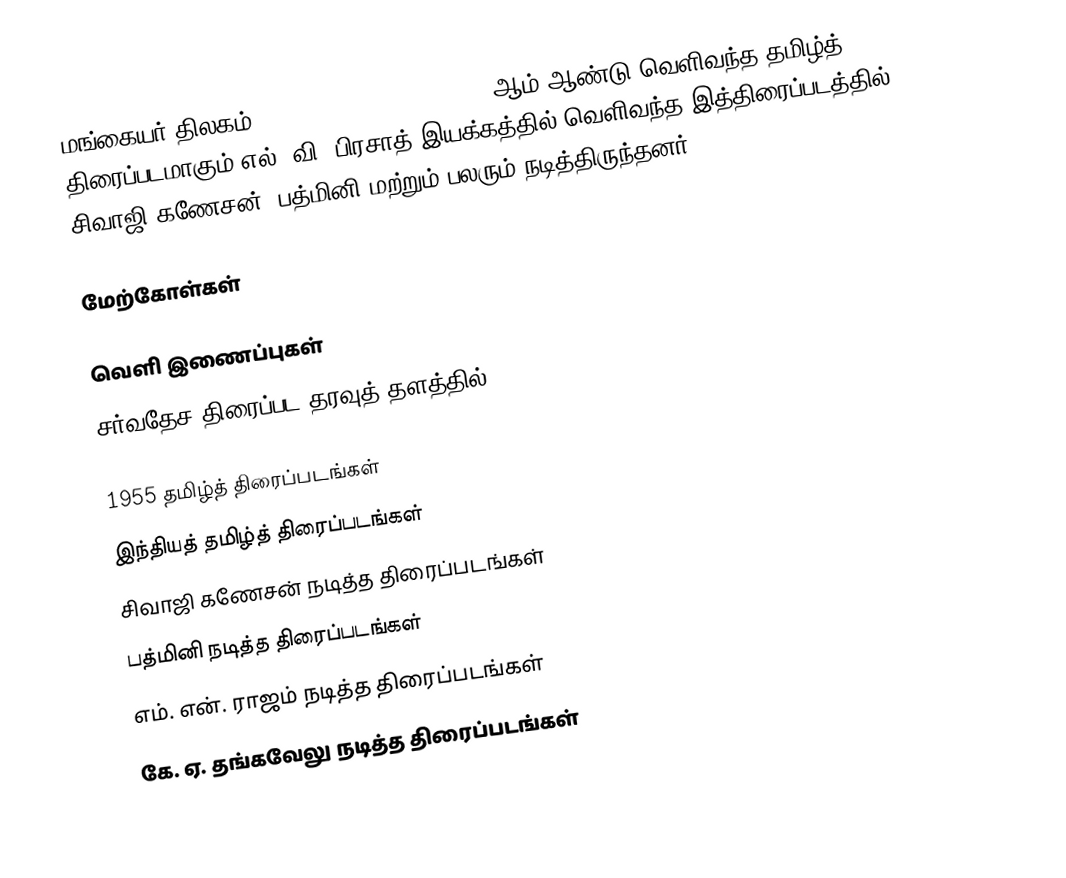
மங்கையர் திலகம் (Mangaiyar Thilakam) 1955 ஆம் ஆண்டு வெளிவந்த தமிழ்த் திரைப்படமாகும்.எல். வி. பிரசாத் இயக்கத்தில் வெளிவந்த இத்திரைப்படத்தில் சிவாஜி கணேசன், பத்மினி மற்றும் பலரும் நடித்திருந்தனர்.

மேற்கோள்கள்

வெளி இணைப்புகள்
சர்வதேச திரைப்பட தரவுத் தளத்தில்

1955 தமிழ்த் திரைப்படங்கள்
இந்தியத் தமிழ்த் திரைப்படங்கள்
சிவாஜி கணேசன் நடித்த திரைப்படங்கள்
பத்மினி நடித்த திரைப்படங்கள்
எம். என். ராஜம் நடித்த திரைப்படங்கள்
கே. ஏ. தங்கவேலு நடித்த திரைப்படங்கள்